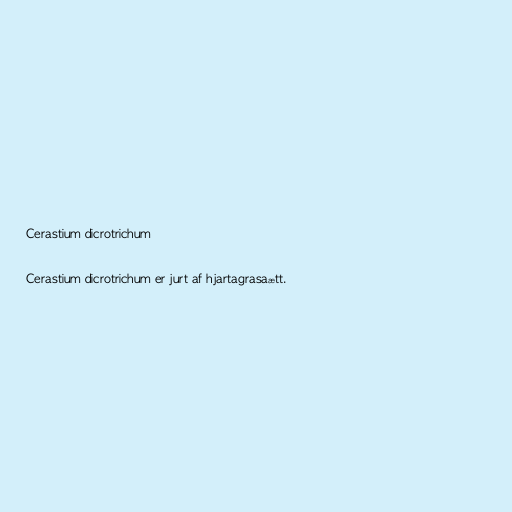
Cerastium dicrotrichum

Cerastium dicrotrichum er jurt af hjartagrasaætt.